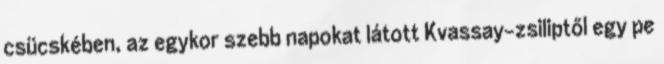
csücskében, az egykor szebb napokat látott Kvassay-zsiliptől egy pe